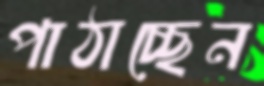
পাঠাচ্ছেন